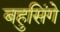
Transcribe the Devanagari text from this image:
बहुसिंगे